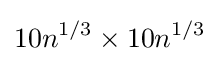
10n^{1/3}\times 10n^{1/3}